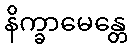
နိက္ခာမေန္တေ